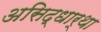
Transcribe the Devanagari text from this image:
असिद्धार्था